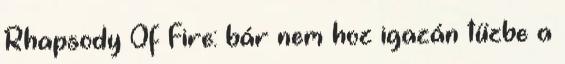
Rhapsody Of Fire: bár nem hoz igazán tűzbe a